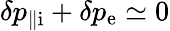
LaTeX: \delta p_{\parallel\mathrm{i}}+\delta p_{\mathrm{e}}\simeq 0